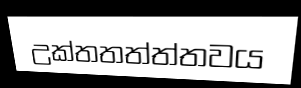
උක්තතත්ත්තවය